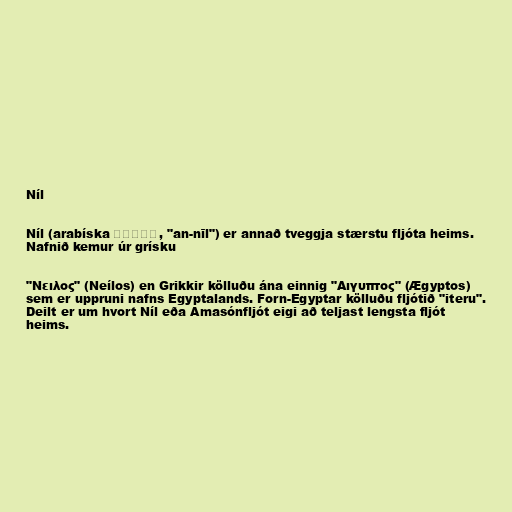
Níl

Níl (arabíska النيل, "an-nīl") er annað tveggja stærstu fljóta heims.
Nafnið kemur úr grísku

"Νειλος" (Neílos) en Grikkir kölluðu ána einnig "Αιγυπτος" (Ægyptos)
sem er uppruni nafns Egyptalands. Forn-Egyptar kölluðu fljótið "iteru".
Deilt er um hvort Níl eða Amasónfljót eigi að teljast lengsta fljót
heims.